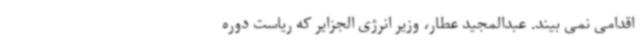
اقدامی نمی بیند. عبدالمجید عطار، وزیر انرژی الجزایر که ریاست دوره